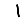
Digit: 1